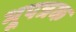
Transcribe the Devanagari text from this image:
भूपत्रक